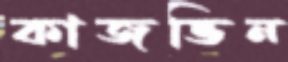
কাজভিন